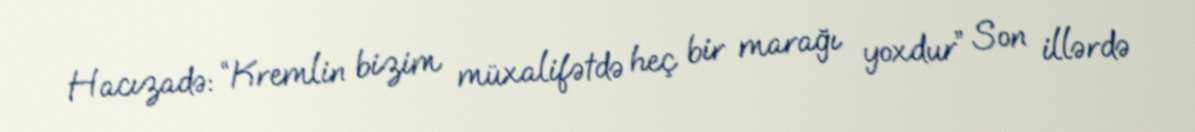
Hacızadə: “Kremlin bizim müxalifətdə heç bir marağı yoxdur” Son illərdə